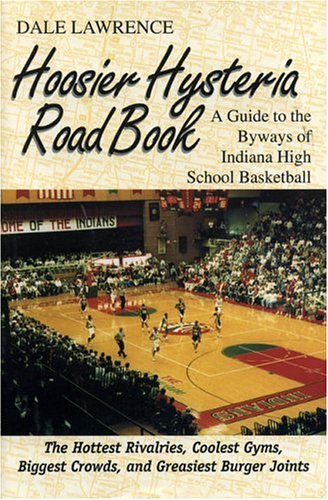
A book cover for Hoosier Hysteria Road Book : A Guide to the Byways of Indiana High School Basketball; Dale Lawrence; Travel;